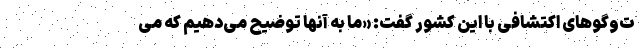
ت‌وگوهای اکتشافی با این کشور گفت: «ما به آنها توضیح می‌دهیم که می